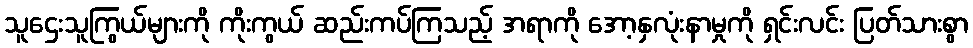
သူဌေးသူကြွယ်များကို ကိုးကွယ် ဆည်းကပ်ကြသည့် အရာကို အော့နှလုံးနာမှုကို ရှင်းလင်း ပြတ်သားစွာ